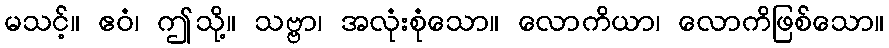
မသင့်။ ဧဝံ၊ ဤသို့။ သဗ္ဗာ၊ အလုံးစုံသော။ လောကိယာ၊ လောကိဖြစ်သော။